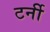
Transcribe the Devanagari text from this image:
टर्नी